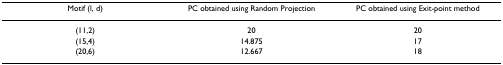
<table><thead><tr><td><b>Motif (l, d)</b></td><td><b>PC obtained using Random Projection</b></td><td><b>PC obtained using Exit-point method</b></td></tr></thead><tbody><tr><td>(11,2)</td><td>20</td><td>20</td></tr><tr><td>(15,4)</td><td>14.875</td><td>17</td></tr><tr><td>(20,6)</td><td>12.667</td><td>18</td></tr></tbody></table>